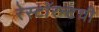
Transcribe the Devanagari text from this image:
रेस्टॉरन्टची